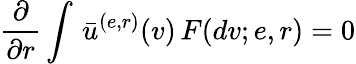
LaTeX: \frac{\partial}{\partial r}\int\, \bar{u}^{(e,r)}(v)\, F(dv;e,r)=0